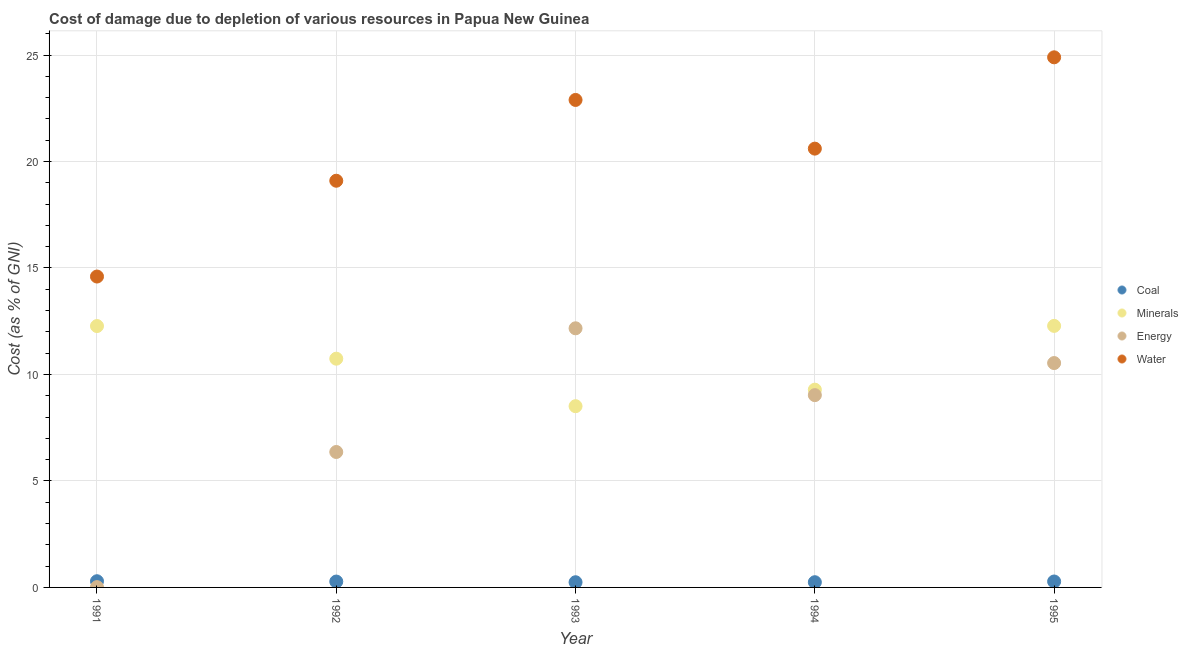
| Year | Coal | Minerals | Energy | Water |
 | --- | --- | --- | --- | --- |
 | 1991 | 0.291 | 12.3 | 0.0144 | 14.6 |
 | 1992 | 0.276 | 10.7 | 6.36 | 19.1 |
 | 1993 | 0.243 | 8.51 | 12.2 | 22.9 |
 | 1994 | 0.245 | 9.29 | 9.03 | 20.6 |
 | 1995 | 0.279 | 12.3 | 10.5 | 24.9 |